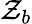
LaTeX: \mathcal{Z}_{b}